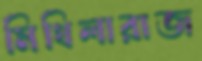
মিথিলারাজ